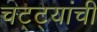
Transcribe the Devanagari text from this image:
चट्ट्यांची